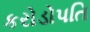
કરોડોપતિ